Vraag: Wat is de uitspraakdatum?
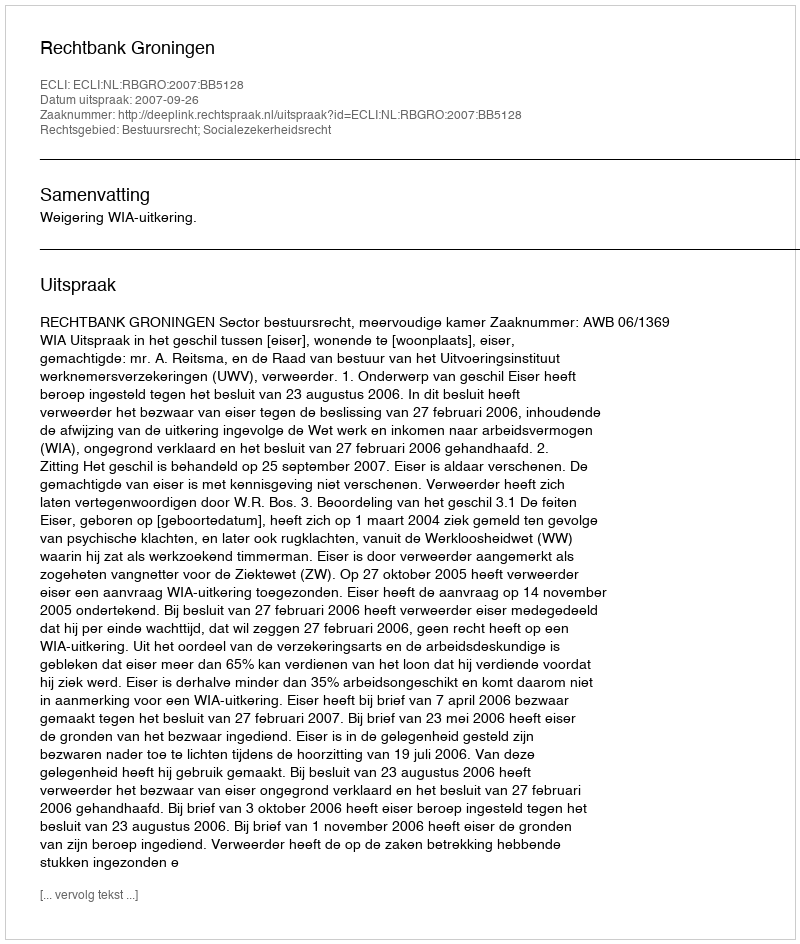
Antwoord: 2007-09-26